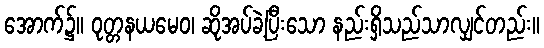
အောက်၌။ ဝုတ္တနယမေဝ၊ ဆိုအပ်ခဲ့ပြီးသော နည်းရှိသည်သာလျှင်တည်း။